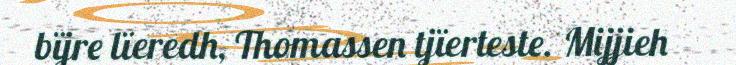
bïjre lïeredh, Thomassen tjïerteste. Mijjieh